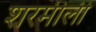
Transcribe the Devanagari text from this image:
शरमीली